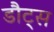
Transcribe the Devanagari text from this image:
डौट्स